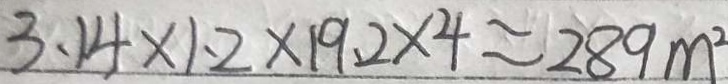
3 . 1 4 \times 1 . 2 \times 1 9 . 2 \times 4 \approx 2 8 9 m ^ { 2 }